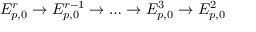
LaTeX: E _ { p , 0 } ^ { r } \to E _ { p , 0 } ^ { r - 1 } \to \dots \to E _ { p , 0 } ^ { 3 } \to E _ { p , 0 } ^ { 2 }